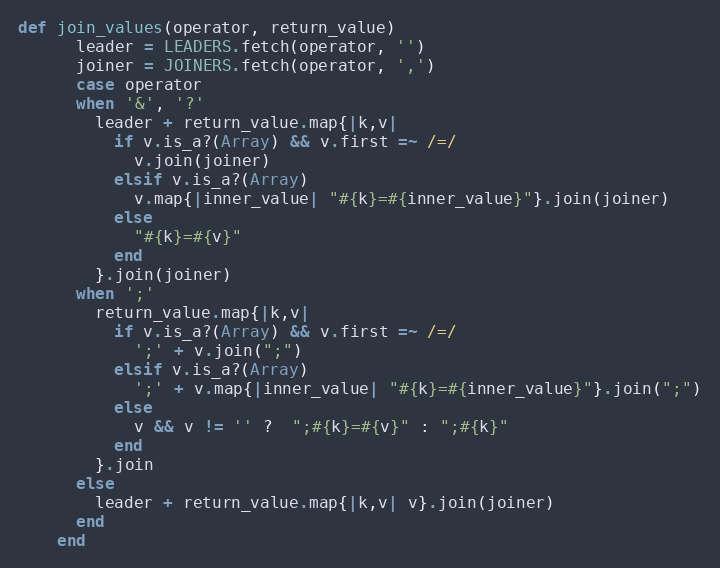
Language: Ruby
def join_values(operator, return_value)
      leader = LEADERS.fetch(operator, '')
      joiner = JOINERS.fetch(operator, ',')
      case operator
      when '&', '?'
        leader + return_value.map{|k,v|
          if v.is_a?(Array) && v.first =~ /=/
            v.join(joiner)
          elsif v.is_a?(Array)
            v.map{|inner_value| "#{k}=#{inner_value}"}.join(joiner)
          else
            "#{k}=#{v}"
          end
        }.join(joiner)
      when ';'
        return_value.map{|k,v|
          if v.is_a?(Array) && v.first =~ /=/
            ';' + v.join(";")
          elsif v.is_a?(Array)
            ';' + v.map{|inner_value| "#{k}=#{inner_value}"}.join(";")
          else
            v && v != '' ?  ";#{k}=#{v}" : ";#{k}"
          end
        }.join
      else
        leader + return_value.map{|k,v| v}.join(joiner)
      end
    end